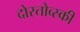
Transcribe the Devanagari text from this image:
दोस्तोव्स्की